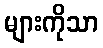
များကိုသာ